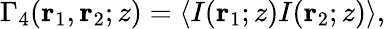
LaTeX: \begin{array}{r}{\Gamma_{4}(\mathbf{r}_{1},\mathbf{r}_{2};z)=\left\langle I(\mathbf{r}_{1};z)I(\mathbf{r}_{2};z)\right\rangle,}\end{array}